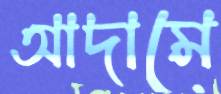
আদামে